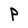
Character: P